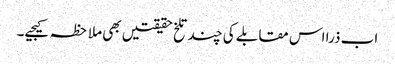
اب ذرا اس مقابلے کی چند تلخ حقیقتیں بھی ملاحظہ کیجیے۔